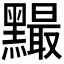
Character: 𪒙